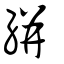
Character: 絣